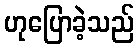
ဟုပြောခဲ့သည်